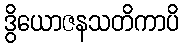
ဒွိယောဇနသတိကာပိ